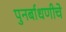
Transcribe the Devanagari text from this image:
पुनर्बाधणीचे